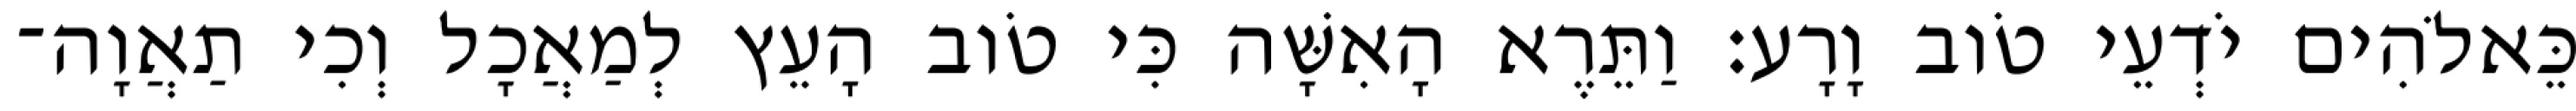
כֵּאלֹהִים יֹדְעֵי טֹוב וָרָע׃ וַתֵּרֶא הָאִשָּׁה כִּי טֹוב הָעֵץ לְמַאֲכָל וְכִי תַאֲוָה־